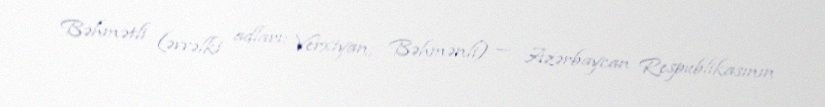
Bəhmətli (əvvəlki adları: Verxiyan; Bəhmənli) — Azərbaycan Respublikasının